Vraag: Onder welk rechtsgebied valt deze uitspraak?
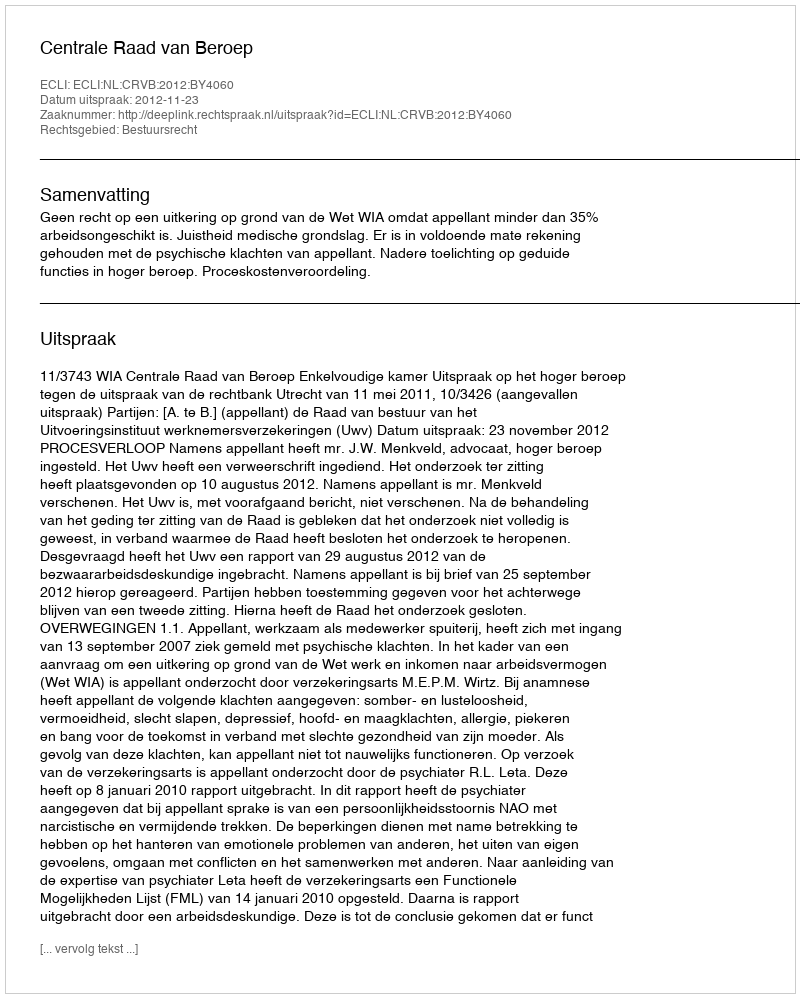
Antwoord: Bestuursrecht